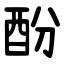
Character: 酚